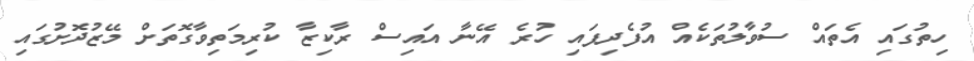
ހިތުގައި އެތައް ސުވާލުތަކެއް އުފެދިފައި ހުރެ އޭނާ އައިސް ރާކިޒާ ކުރިމަތިވާގޮތަށް މޭޒުދޮށުގައި